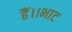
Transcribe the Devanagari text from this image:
हैं।।भाट